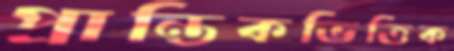
প্রান্তিকভিত্তিক